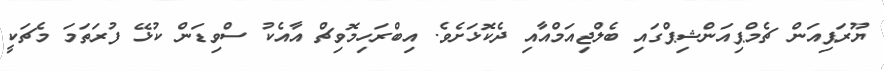
ޔޫރަޕިއަން ޗެމްޕިއަންޝިޕްގައި ބެލްޖިއަމްއާއި ދެކޮޅަށެވެ. އިބްރަހިމޮވިޗް އާއެކު ސްވިޑަން ކުޅޭ ފުރަތަމަ މެޗަކީ